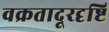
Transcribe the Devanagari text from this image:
वक्रतादूरदृष्टि